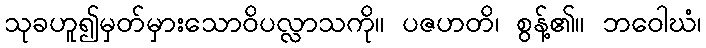
သုခဟူ၍မှတ်မှားသောဝိပလ္လာသကို။ ပဇဟတိ၊ စွန့်၏။ ဘဝေါဃံ၊